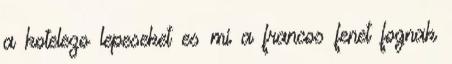
a kotelezo lepeseket es mi a francos fenet fognak